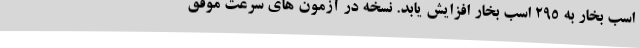
اسب بخار به 295 اسب بخار افزایش یابد. نسخه در آزمون های سرعت موفق